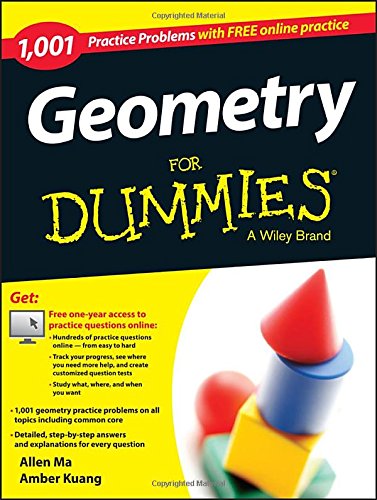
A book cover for Geometry: 1,001 Practice Problems For Dummies (+ Free Online Practice); Allen Ma; Science & Math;